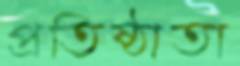
প্রতিষ্ঠাতা